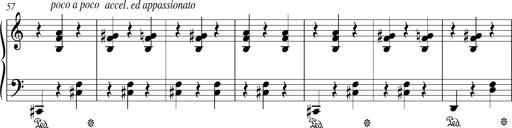
Title: Bagatelle sans tonalitÃ©
Composer: Franz Liszt